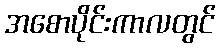
အစောပိုင်းကာလတွင်